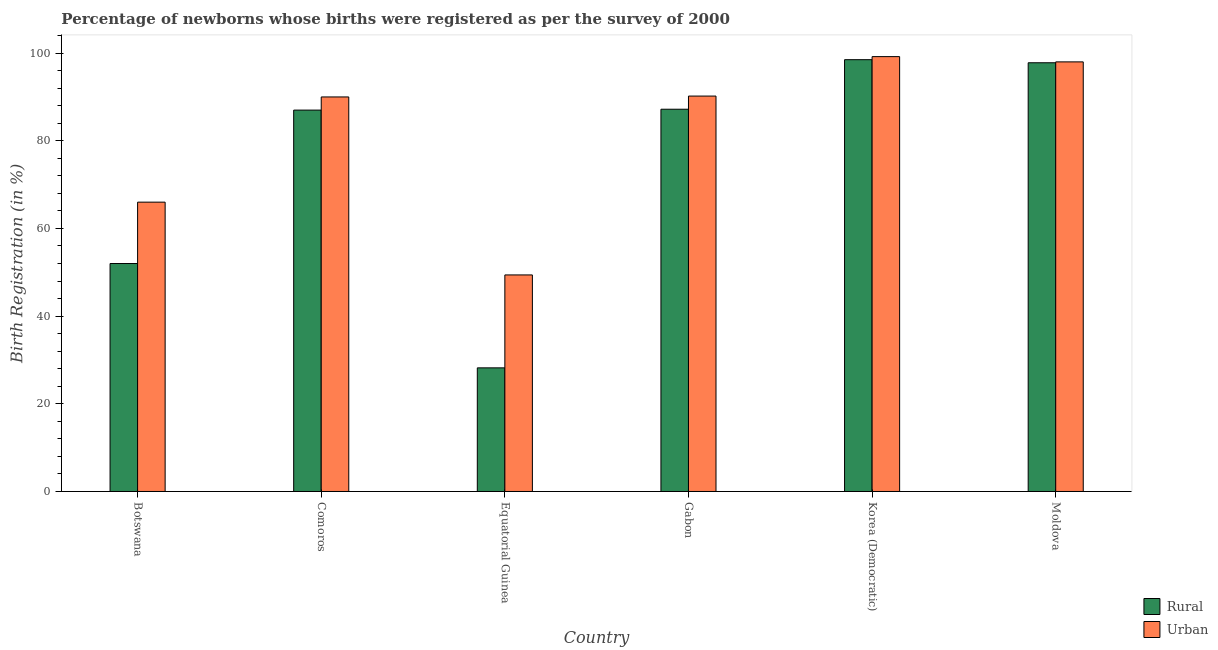
| Country | Rural | Urban |
 | --- | --- | --- |
 | Botswana | 52 | 66 |
 | Comoros | 87 | 90 |
 | Equatorial Guinea | 28.2 | 49.4 |
 | Gabon | 87.2 | 90.2 |
 | Korea (Democratic) | 98.5 | 99.2 |
 | Moldova | 97.8 | 98 |